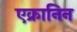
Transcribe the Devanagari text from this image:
एक्रानिन